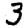
Digit: 3